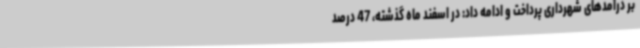
بر درآمدهای شهرداری پرداخت و ادامه داد: در اسفند ماه گذشته، 47 درصد